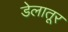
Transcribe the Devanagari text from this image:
डेलातूर